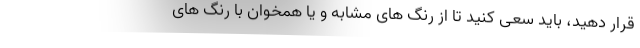
قرار دهید، باید سعی کنید تا از رنگ های مشابه و یا همخوان با رنگ های